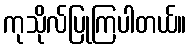
ကုသိုလ်ပြုကြပါတယ်။